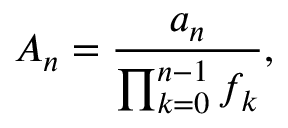
A _ { n } = { \frac { a _ { n } } { \prod _ { k = 0 } ^ { n - 1 } f _ { k } } } ,